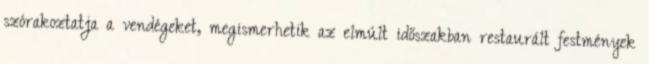
szórakoztatja a vendégeket, megismerhetik az elmúlt időszakban restaurált festmények